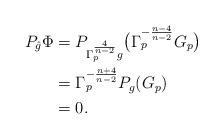
LaTeX: \begin{align*}P_{\hat{g}} \Phi &= P_{ \Gamma_p^{\frac{4}{n-2}} g } \big( \Gamma_p^{-\frac{n-4}{n-2}}G_p \big) \\&= \Gamma_p^{-\frac{n+4}{n-2}} P_{g} (G_p) \\&= 0.\end{align*}